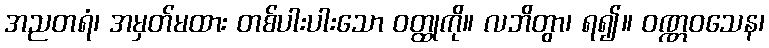
အညတရံ၊ အမှတ်မထား တစ်ပါးပါးသော ဝတ္ထုကို။ လဘိတွာ၊ ရ၍။ ဝဏ္ဏဝသေန၊